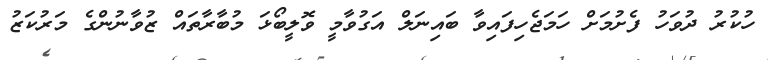
ހުކުރު ދުވަހު ފެށުމަށް ހަމަޖެހިފައިވާ ބައިނަލް އަގުވާމީ ވޮލީބޯޅަ މުބާރާތައް ޒުވާނުންގެ މަރުކަޒު